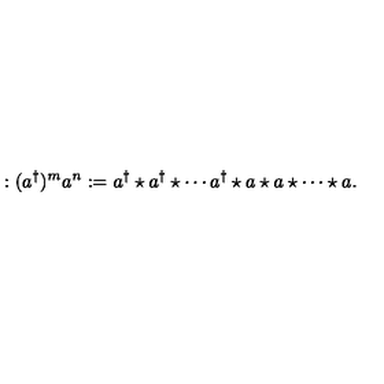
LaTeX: : ( a ^ { \dagger } ) ^ { m } a ^ { n } : = a ^ { \dagger } \star a ^ { \dagger } \star \cdots a ^ { \dagger } \star a \star a \star \cdots \star a .